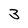
Character: 3